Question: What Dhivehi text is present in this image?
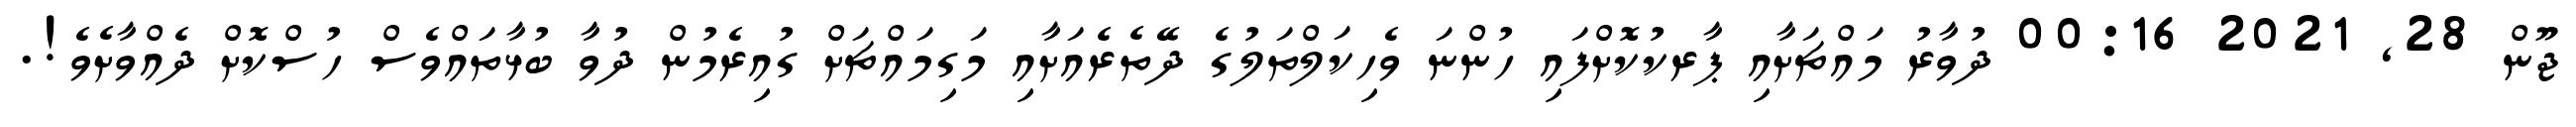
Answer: ޖޫން 28, 2021 00:16 ދުވާރު މައްޗަށާއި ޕާރކުކޮށްފައި ހުންނަ ވެހިކަލްތަލުގެ ދޭތެރެއަށާއި މަގިމައްޗަށް ގުއިރެމުން ދުވާ ބުޅާތައްވެސް ހުސްކޮށް ދެއްވާށެވެ!.